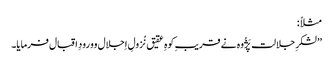
مثلاً :
’’لشکرِ جلالت پَژُوہ نے قریبِ کوہِ عقیق نُزولِ اِجلال وورودِ اقبال فرمایا۔